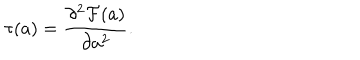
\tau ( a ) = { \frac { \partial ^ { 2 } { \cal F } ( a ) } { \partial a ^ { 2 } } } .